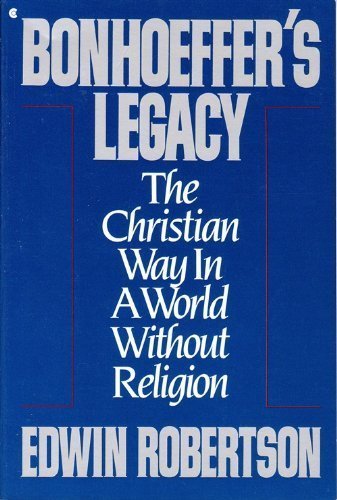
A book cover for Bonhoeffer's Legacy: The Christian Way in a World Without Religion; Edwin Hanton Robertson; Christian Books & Bibles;